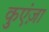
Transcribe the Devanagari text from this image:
कुएंज़ा